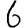
Digit: 6